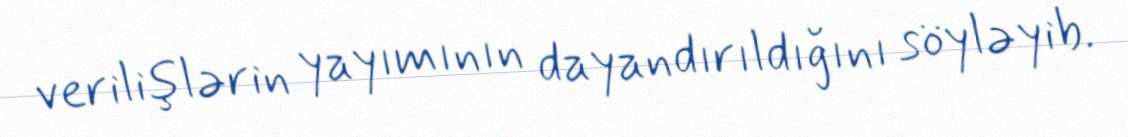
verilişlərin yayımının dayandırıldığını söyləyib.